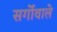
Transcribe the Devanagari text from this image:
सर्गोवाले